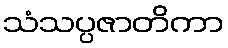
သံသပ္ပဇာတိကာ